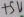
Text: +5V